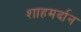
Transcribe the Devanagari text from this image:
शाहमर्दान